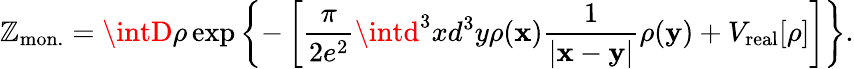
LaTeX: {\cal\mathbb{Z}}_{\mathrm{{mon.}}}=\intD\rho\exp\left\{ -\left[\frac{{\pi}}{{2e^{2}}}\intd^{3}xd^{3}y\rho({\mathbf{x}})\frac{{1}}{{|{\mathbf{x}}-{\mathbf{y}}|}}\rho({\mathbf{y}})+V_{\mathrm{{real}}}[\rho]\right]\right\} .